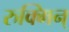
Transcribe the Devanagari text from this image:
रुक्मिन्‌